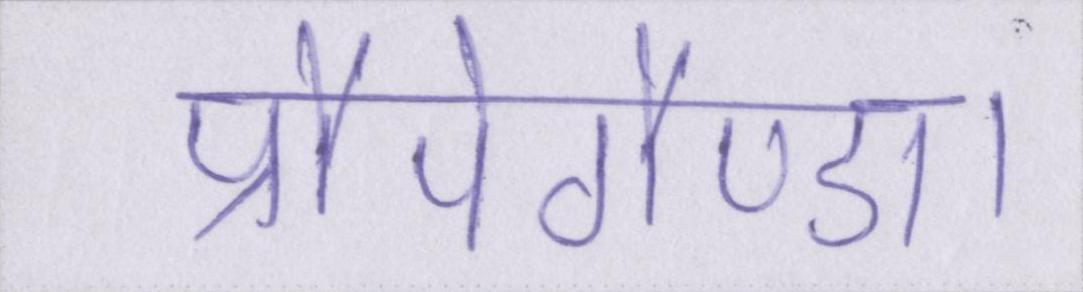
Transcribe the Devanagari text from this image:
प्रौपेगैण्डा।